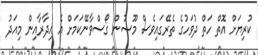
ކުރިޔަށް އޮތް ހަތް ދުވަހުގެ ތެރޭގައިވެސް މޫސުން ގޯސްވާނޭކަމަށް އެ އިދާރާއިން މިއަދު